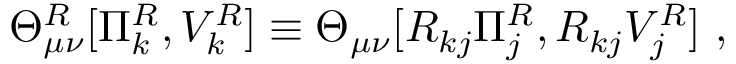
\Theta _ { \mu \nu } ^ { R } [ \Pi _ { k } ^ { R } , V _ { k } ^ { R } ] \equiv \Theta _ { \mu \nu } [ R _ { k j } \Pi _ { j } ^ { R } , R _ { k j } V _ { j } ^ { R } ] ~ ,